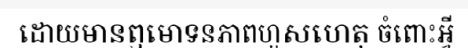
ដោយមានឮមោទនភាពហួសហេតុ ចំពោះអ្វី